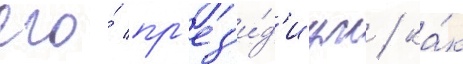
его́ пр'ез'и́д'иум / ка́к